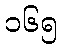
၁၆၅